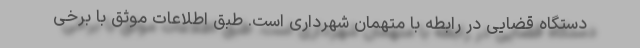
دستگاه قضایی در رابطه با متهمان شهرداری است. طبق اطلاعات موثق با برخی